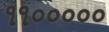
૧૧૦૦૦૦૦